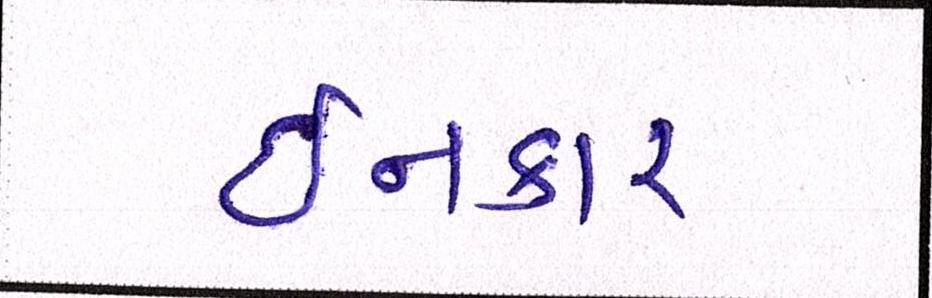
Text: ઈનકાર